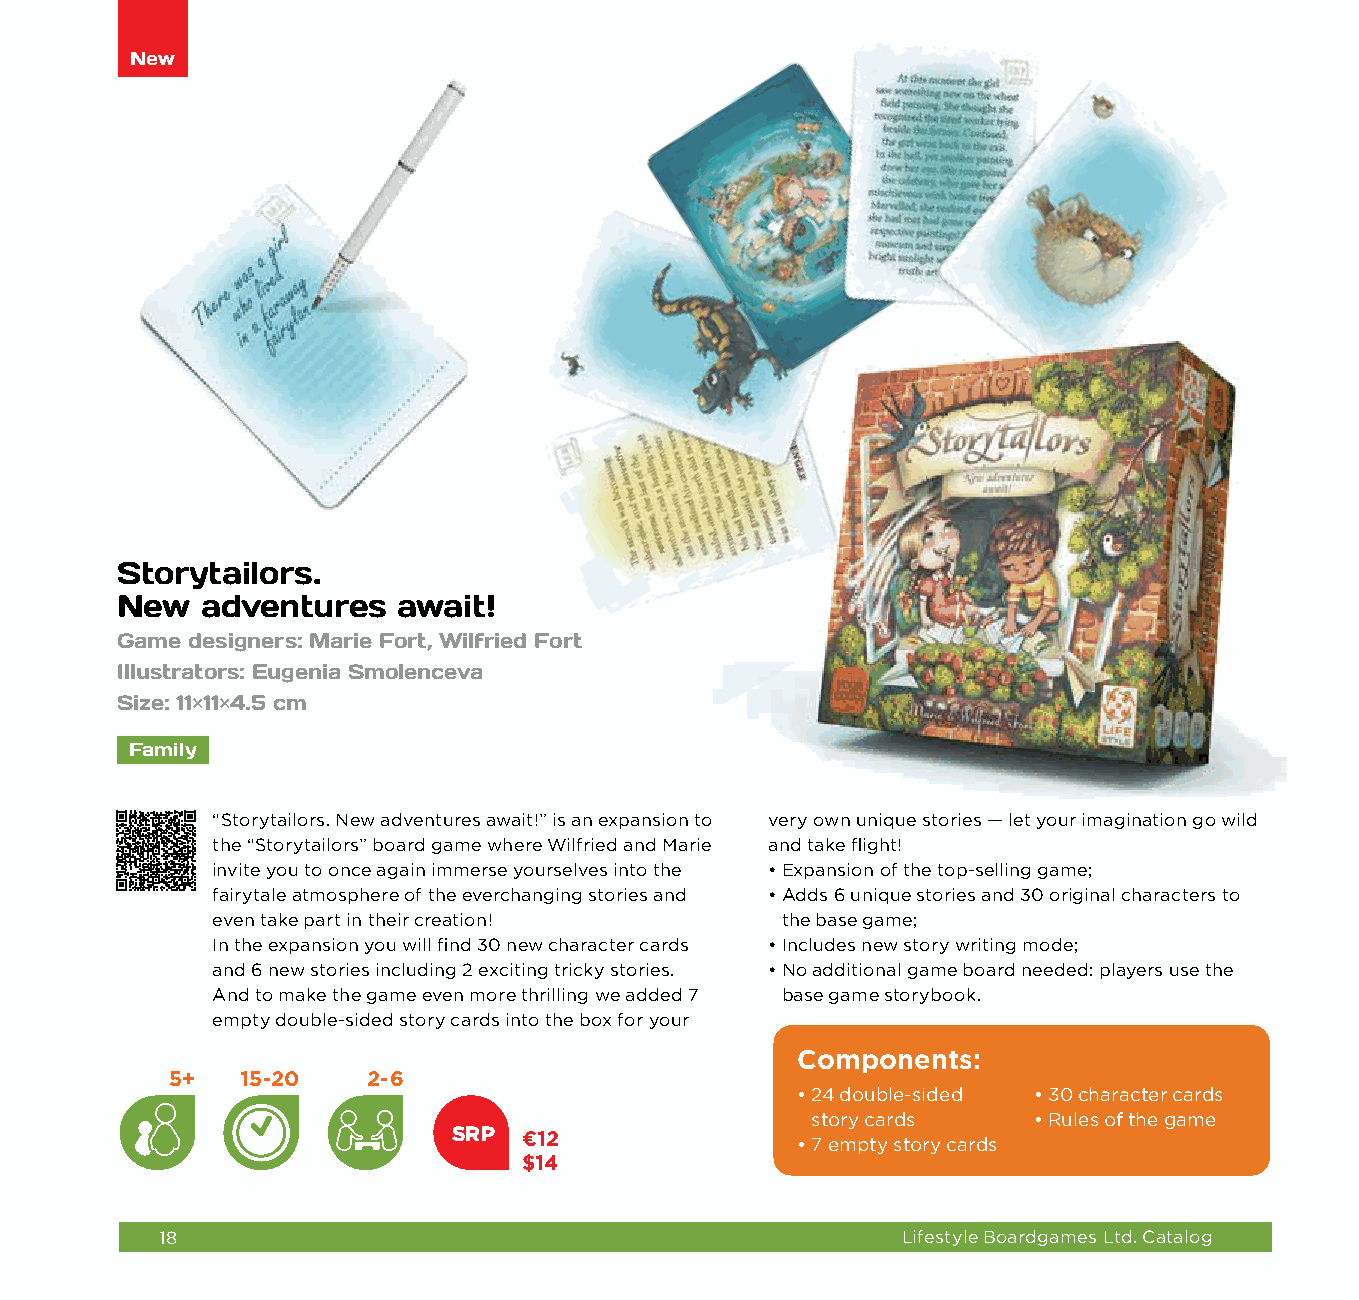
New
 Storytailors.
 New  adventures   await!
 Game designers: Marie Fort, Wilfried Fort
 Illustrators: Eugenia Smolenceva
 Size: 11×11×4.5 cm
 Family
 “Storytailors. New adventures await!” is an expansion to very own unique stories — let your imagination go wild
 the “Storytailors” board game where Wilfried and Marie and take flight!
 invite you to once again immerse yourselves into the • Expansion of the top-selling game;
 fairytale atmosphere of the everchanging stories and • Adds 6 unique stories and 30 original characters to
 even take part in their creation!     the base game;
 In the expansion you will find 30 new character cards • Includes new story writing mode;
 and 6 new stories including 2 exciting tricky stories. • No additional game board needed: players use the
 And to make the game even more thrilling we added 7 base game storybook.
 empty double-sided story cards into the box for your
 Components:
 5+   15-20   2-6
 • 2 4 double-sided • 3 0 character cards
 story cards   • R ules of the game
 SRP  €12
 • 7 empty story cards
 $14
 18                                               Lifestyle Boardgames Ltd. Catalog